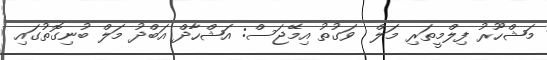
މަޝްހޫރު ފިލްމީތަރި މަލް  ވަގުތު އިމޭޖަސް: އަޝްހާދް އަބްދު މަލް ބުނިގޮތުގައި